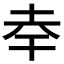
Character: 𭎎